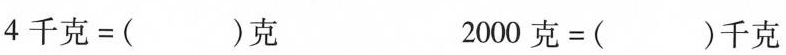
$$4 千 克 = ( ) 克$$ $$2 0 0 0 克 = ( ) 千 克$$